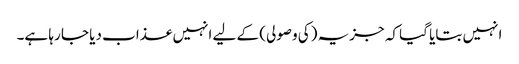
انہیں بتایا گیا کہ جزیہ (کی وصولی) کے لیے انہیں عذاب دیا جا رہا ہے۔